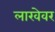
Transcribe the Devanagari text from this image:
लाखेवर